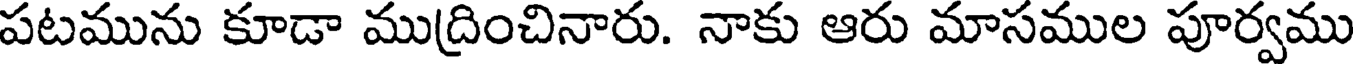
పటమును కూడా ముద్రించినారు. నాకు ఆరు మాసముల పూర్వము